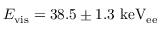
E _ { \mathrm { v i s } } = 3 8 . 5 \pm 1 . 3 ~ \mathrm { k e V _ { e e } }